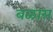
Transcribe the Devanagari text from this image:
बळास